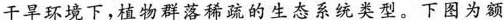
干旱环境下，植物群落稀疏的生态系统类型。下图为额